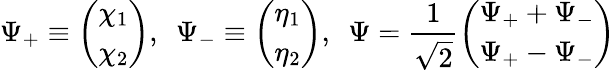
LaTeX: \Psi_{+}\equiv\left(\begin{array}{c}{{\chi_{1}}}\\ {{\chi_{2}}}\end{array}\right),~~\Psi_{-}\equiv\left(\begin{array}{c}{{\eta_{1}}}\\ {{\eta_{2}}}\end{array}\right),~~\Psi=\frac{1}{\sqrt{2}}\left(\begin{array}{c}{{\Psi_{+}+\Psi_{-}}}\\ {{\Psi_{+}-\Psi_{-}}}\end{array}\right)